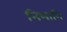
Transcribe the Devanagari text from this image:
निभानि